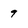
Character: 9